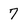
Character: 7